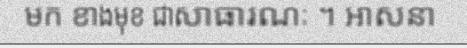
មក ខាងមុខ ជាសាធារណៈ ។ អាសនា